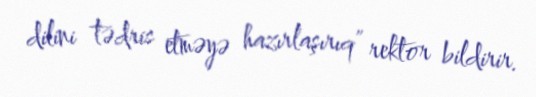
dilini tədris etməyə hazırlaşırıq” rektor bildirir.